Annual report of the Punjab Veterinary College and of the Civil Veterinary Department, Punjab - 1909-1919
Year: 1909
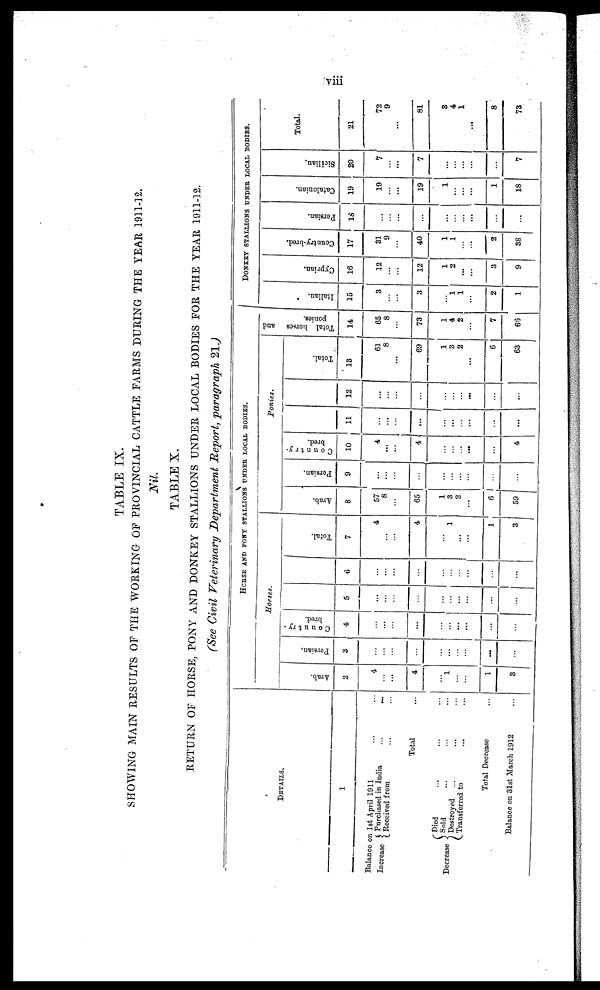
viii
TABLE IX.
SHOWING MAIN RESULTS OF THE WORKING OF PROVINCIAL CATTLE FARMS DURING THE YEAR 1911-12.
Nil.
TABLE X.
RETURN OF HORSE, PONY AND DONKEY STALLIONS UNDER LOCAL BODIES FOR THE YEAR 1911-12.
(See Civil Veterinary Department Report, paragraph 21.)
DETAILS.
1
Balance on 1st April 1911 ...
Increase Purchased in India ... ...
Received from ... ...
Total
Decrease
Died ... ... ...
Sold ... ... ...
Destroyed ... ... ...
Transferred to ... ...
Total Decrease ...
Balance on 31st March 1912 ...
HORSE AND PONY STALLIONS UNDER LOCAL BODIES.
Horses.
Arab.
2
4
...
...
4
...
1
...
...
1
3
Persian.
3
...
...
...
...
...
...
... ...
...
...
Country-
bred.
4
...
...
...
...
...
...
... ...
...
...
5
...
...
...
...
...
...
...
...
...
...
6
...
...
...
...
...
...
...
...
...
...
Total.
7
4
...
...
4
...
1
...
...
1
3
Ponies.
Arab.
8
57
8
...
65
1
3
2
...
6
59
Persian.
9
...
...
...
...
...
...
...
...
...
...
Country-
bred.
10
4
...
...
4
...
...
...
...
...
4
11
...
...
...
...
...
...
...
...
...
...
12
...
...
...
...
...
...
...
...
...
...
Total.
13
61
8
...
69
1
3
2
...
6
63
Total horses and
ponies.
14
65
8
...
73
1
4
2
...
7
66
DONKEY STALLIONS UNDER LOCAL BODIES.
I t al i an.
15
3
...
...
3
...
1
1
...
2
1
Cypr i
an.
16
12
...
....
12
1
2
...
...
3
9
Count r
y- br e d.
17
31
9
...
40
1
1
...
...
2
38
Per s i
an.
18
...
...
...
...
...
...
...
...
...
...
Ca t
a l
oni a n.
19
19
...
...
19
1
...
...
...
1
18
Sicilian.
20
7
...
....
7
...
...
...
...
...
7
Total.
21
72
9
...
81
3
4
1
...
8
73